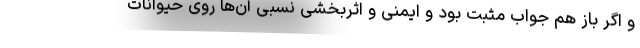
و اگر باز هم جواب مثبت بود و ایمنی و اثربخشی نسبی آن‌ها روی حیوانات